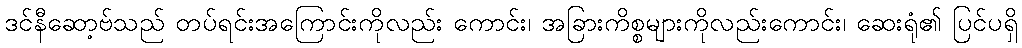
ဒင်နီဆော့ဗ်သည် တပ်ရင်းအကြောင်းကိုလည်း ကောင်း၊ အခြားကိစ္စများကိုလည်းကောင်း၊ ဆေးရုံ၏ ပြင်ပရှိ